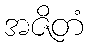
အဇိတံ